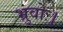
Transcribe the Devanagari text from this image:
भ्रुवोः।